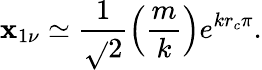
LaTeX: \mathbf{x}_{1\nu}\simeq\frac{{1}}{{\sqrt{}{{2}}}}\left(\frac{{m}}{{k}}\right)e^{kr_{c}\pi}.